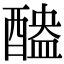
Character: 醠